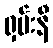
ရှမ်းနီ